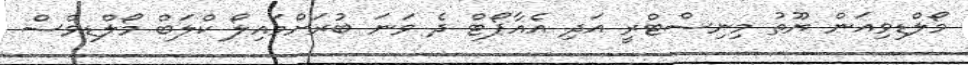
މޯލްޑިވިއަން ޔޫތު މިނިސްޓްރީ އަދި އެއާޕޯޓް ދެ ވަނަ ބުރަށްމައިލޯ ކްލަބް މޯލްޑިވްސް